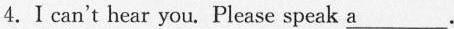
4.Ⅰcan't hear you. Please speak a \underline{s}.